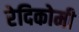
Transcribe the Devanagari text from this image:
रेदिकोमी